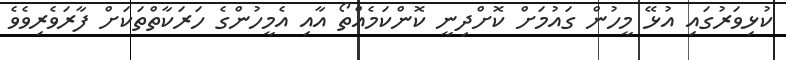
ކުޅިވަރުގައި އުޅޭ މީހުން ގައުމަށް ކޮށްދިނީ ކޮންކަމެއްތޯ އާއި އެމީހުންގެ ހަރަކާތްތަކަށް ފާރަވެރިވެވެ